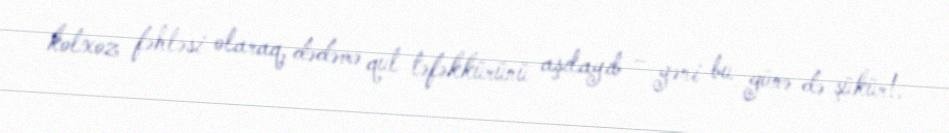
kolxoz fəhləsi olaraq, dədəmə qul təfəkkürünü aşılayıb – yəni bu günə də şükür!.